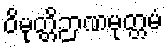
ဝိမုတ္တိဉာဏမုတ္တမံ